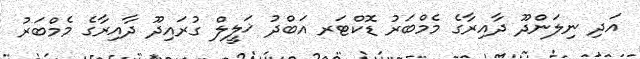
އަދި ނިލަންދޫ ދާއިރާގެ މެމްބަރު ޑޮކްޓަރ އަބްދު ޚަލީލް ގުރައިދޫ ދާއިރާގެ މެމްބަރު